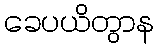
ခေပယိတွာန